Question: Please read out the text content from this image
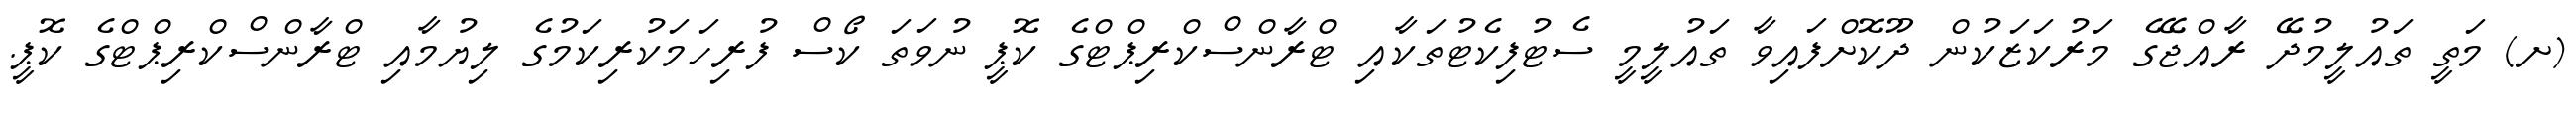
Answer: (ށ) މަތީ ތައުލީމުދޭ ރާއްޖޭގެ މަރުކަޒަކުން ދޫކޮށްފައިވާ ތައުލީމީ ސެޓުފިކެޓުތަކާއި ޓްރާންސްކްރިޕްޓްގެ ކޮޕީ ނުވަތަ ކޯސް ފުރިހަމަކުރިކަމުގެ ލިޔުމާއި ޓްރާންސްކްރިޕްޓްގެ ކޮޕީ.